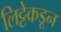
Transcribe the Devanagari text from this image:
लिट्टेकडून